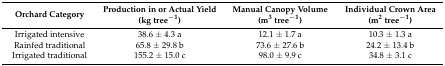
<table><thead><tr><td><b>Orchard Category</b></td><td><b>Production in or Actual Yield (kg tree<sup>−1</sup>)</b></td><td><b>Manual Canopy Volume (m<sup>3</sup> tree<sup>−1</sup>)</b></td><td><b>Individual Crown Area (m<sup>2</sup> tree<sup>−1</sup>)</b></td></tr></thead><tbody><tr><td>Irrigated intensive</td><td>38.6 ± 4.3 a</td><td>12.1 ± 1.7 a</td><td>10.3 ± 1.3 a</td></tr><tr><td>Rainfed traditional</td><td>65.8 ± 29.8 b</td><td>73.6 ± 27.6 b</td><td>24.2 ± 13.4 b</td></tr><tr><td>Irrigated traditional</td><td>155.2 ± 15.0 c</td><td>98.0 ± 9.9 c</td><td>34.8 ± 3.1 c</td></tr></tbody></table>